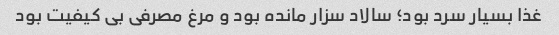
غذا بسیار سرد بود؛ سالاد سزار مانده بود و مرغ مصرفی بی کیفیت بود